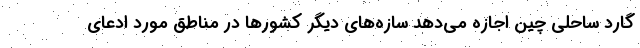
گارد ساحلی چین اجازه می‌دهد سازه‌های دیگر کشورها در مناطق مورد ادعای